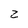
Character: 2